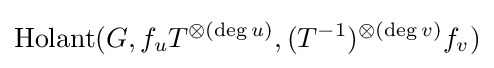
{\text{Holant}}(G,f_{u}T^{\otimes (\deg u)},(T^{-1})^{\otimes (\deg v)}f_{v})